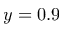
y = 0 . 9